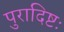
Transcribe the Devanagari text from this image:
पुरादिष्टः